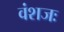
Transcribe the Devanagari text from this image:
वंशजः